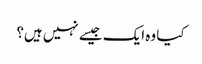
کیا وہ ایک جیسے نہیں ہیں؟